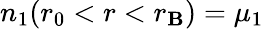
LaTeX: n_{1}(r_{0}<r<r_{\mathbf{B}})=\mu_{1}